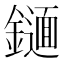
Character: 𨭫